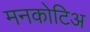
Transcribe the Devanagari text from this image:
मनकोटिअ